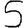
Digit: 5